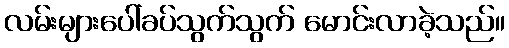
လမ်းများပေါ်ခပ်သွက်သွက် မောင်းလာခဲ့သည်။